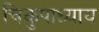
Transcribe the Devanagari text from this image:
चिकुपाध्याय